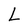
Character: L